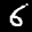
Label: 6